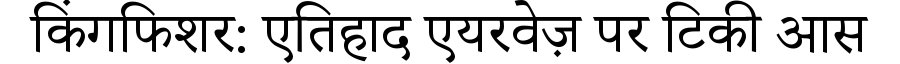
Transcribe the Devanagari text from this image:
किंगफिशर: एतिहाद एयरवेज़ पर टिकी आस